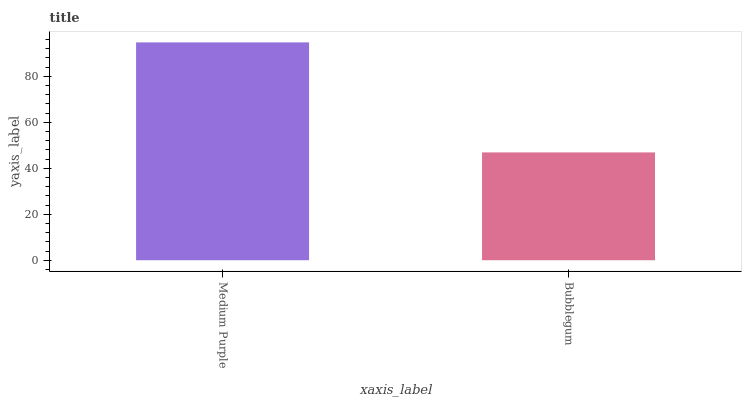
| xaxis_label | bars |
 | --- | --- |
 | Medium Purple | 94.7 |
 | Bubblegum | 46.9 |